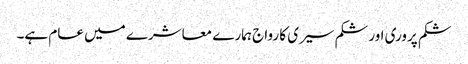
شکم پروری اور شکم سیری کا رواج ہمارے معاشرے میں عام ہے۔